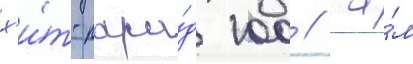
х'и́т-пара́д 100 // Са́м